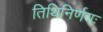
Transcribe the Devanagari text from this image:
तिथिनिर्णयः